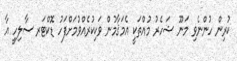
ކުރިން ހުންނެވި މަނޫ ޝަހެރު މުއްތަކީ އެމަޤާމުން ވަކިކުރެއްވުމަށްފަހު ޑޮކްޓަރ ސާލިހީ އާ